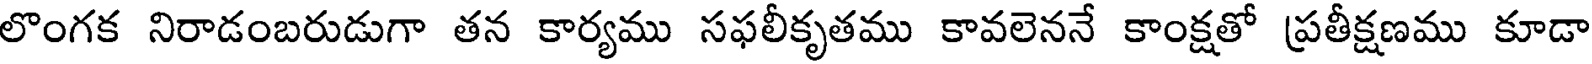
లొంగక నిరాడంబరుడుగా తన కార్యము సఫలీకృతము కావలెననే కాంక్షతో ప్రతీక్షణము కూడా